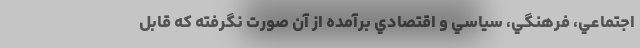
اجتماعي، فرهنگي، سياسي و اقتصادي برآمده از آن صورت نگرفته كه قابل